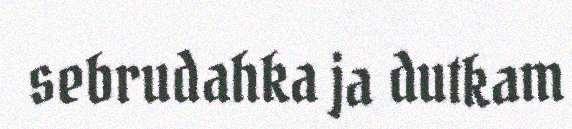
sebrudahka ja dutkam